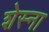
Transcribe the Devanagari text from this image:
शेस्ना